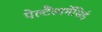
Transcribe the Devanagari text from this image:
पेल्टैंस्पर्मेसिई